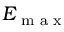
E _ { \textrm { m a x } }